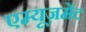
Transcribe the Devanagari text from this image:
एम्यूज़मेंट